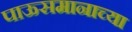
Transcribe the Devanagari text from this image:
पाऊसमानाच्या